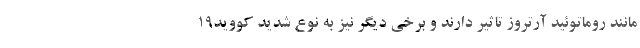
مانند روماتوئید آرتروز تاثیر دارند و برخی دیگر نیز به نوع شدید کووید۱۹